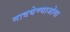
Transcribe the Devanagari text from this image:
नावघेण्याजोगा